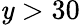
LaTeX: \mathit{y}>30